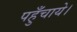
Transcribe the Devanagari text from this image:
पहुँचाये।